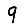
Digit: 9